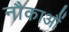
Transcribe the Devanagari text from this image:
नौकाआैं